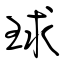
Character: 球